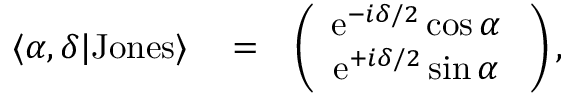
\begin{array} { r l r } { \langle \alpha , \delta | \mathrm { J o n e s } \rangle } & { { } = } & { \left( \begin{array} { c } { \mathrm { e } ^ { - i \delta / 2 } \cos \alpha \ } \\ { \mathrm { e } ^ { + i \delta / 2 } \sin \alpha \ } \end{array} \right) , } \end{array}